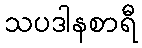
သပဒါနစာရီ